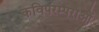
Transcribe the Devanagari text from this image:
कविपरम्पराओं